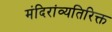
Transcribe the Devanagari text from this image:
मंदिरांव्यतिरिक्त